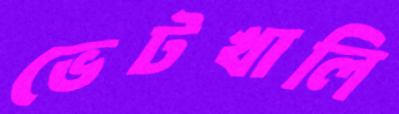
ভেটখালি